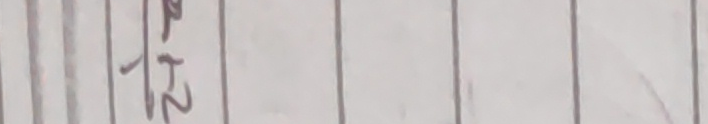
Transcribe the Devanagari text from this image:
हेन